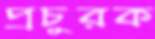
প্রচুরক